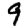
Digit: 9